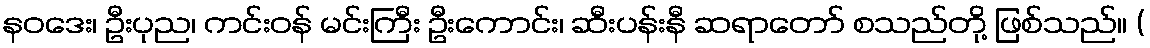
နဝဒေး၊ ဦးပုည၊ ကင်းဝန် မင်းကြီး ဦးကောင်း၊ ဆီးပန်းနီ ဆရာတော် စသည်တို့ ဖြစ်သည်။ (